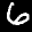
Label: 6